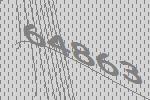
64863